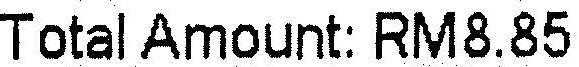
TOTAL AMOUNT: RM8.85